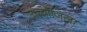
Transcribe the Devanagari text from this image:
उपयोजिला